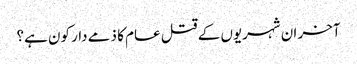
آخر ان شہریوں کے قتل عام کا ذمے دار کون ہے؟